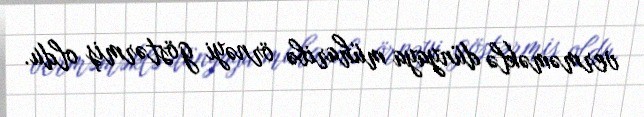
verməməklə dünyaya müharibə örnəyi göstərmiş oldu.